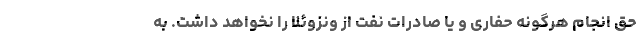
حق انجام هرگونه حفاری و یا صادرات نفت از ونزوئلا را نخواهد داشت. به